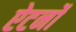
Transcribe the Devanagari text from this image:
ऐटर्नों